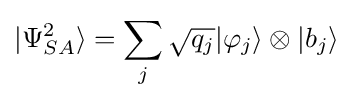
|\Psi _{SA}^{2}\rangle =\sum _{j}{\sqrt {q_{j}}}|\varphi _{j}\rangle \otimes |b_{j}\rangle